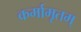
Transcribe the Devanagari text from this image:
कर्मामृतम्